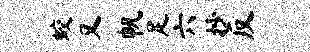
蛟又帆足六抄反